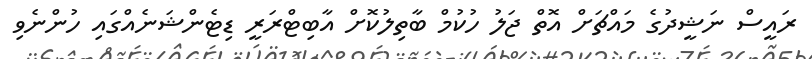
ރައީސް ނަޝީދުގެ މައްޗަށް އޮތް ޖަލު ހުކުމް ބާތިލުކޮށް އާބިޓްރަރީ ޑިޓެންޝަނެއްގައި ހުންނެވި